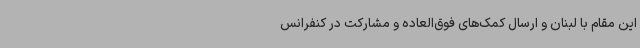
این مقام با لبنان و ارسال کمک‌های فوق‌العاده و مشارکت در کنفرانس